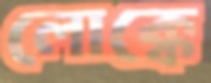
লোক্কে